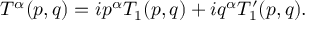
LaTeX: T ^ { \alpha } ( p , q ) = i p ^ { \alpha } T _ { 1 } ( p , q ) + i q ^ { \alpha } T _ { 1 } ^ { \prime } ( p , q ) .